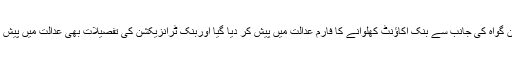
اس دوران گواہ کی جانب سے بنک اکاﺅنٹ کھلوانے کا فارم عدالت میں پیش کر دیا گیا اوربنک ٹرانزیکشن کی تفصیلات بھی عدالت میں پیش کی گئیں۔